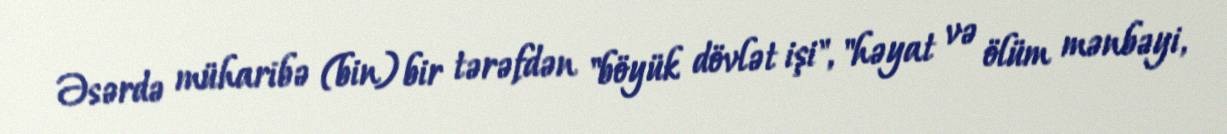
Əsərdə müharibə (bin) bir tərəfdən "böyük dövlət işi", "həyat və ölüm mənbəyi,